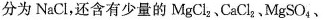
分为NaCl，还含有少量的MgCl_{2}、CaCl_{2}.MgSO_{4}、